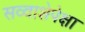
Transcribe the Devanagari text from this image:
सव्‍वाशेपेक्षा